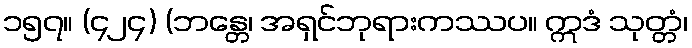
၁၅၇။ (၄၂၄) (ဘန္တေ၊ အရှင်ဘုရားကဿပ။ ဣဒံ သုတ္တံ၊